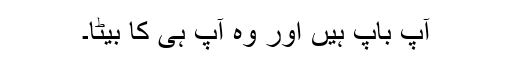
آپ باپ ہیں اور وہ آپ ہی کا بیٹا۔